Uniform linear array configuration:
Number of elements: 32
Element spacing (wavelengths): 1
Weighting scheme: blackman
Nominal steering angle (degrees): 30
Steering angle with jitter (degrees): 31.777
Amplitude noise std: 0.05
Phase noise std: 0.05

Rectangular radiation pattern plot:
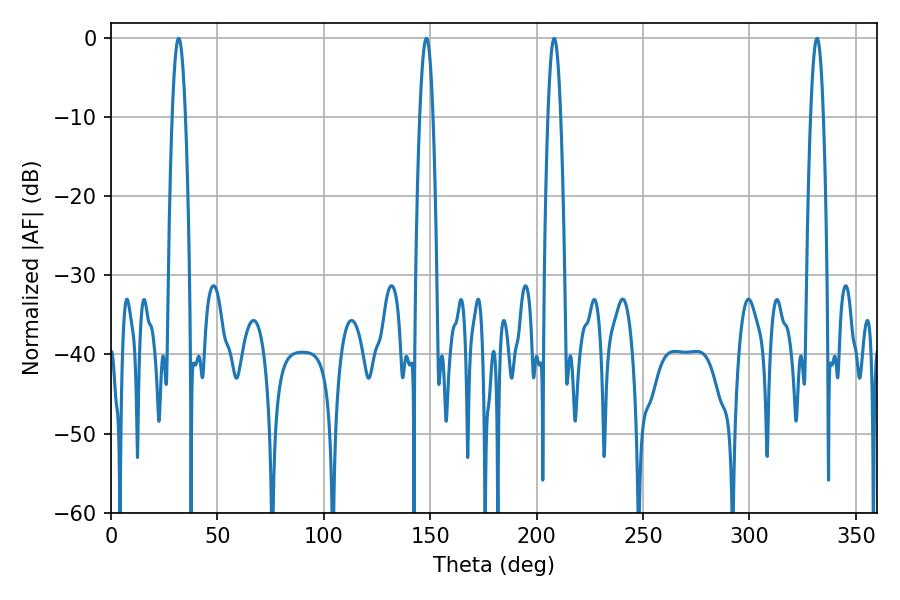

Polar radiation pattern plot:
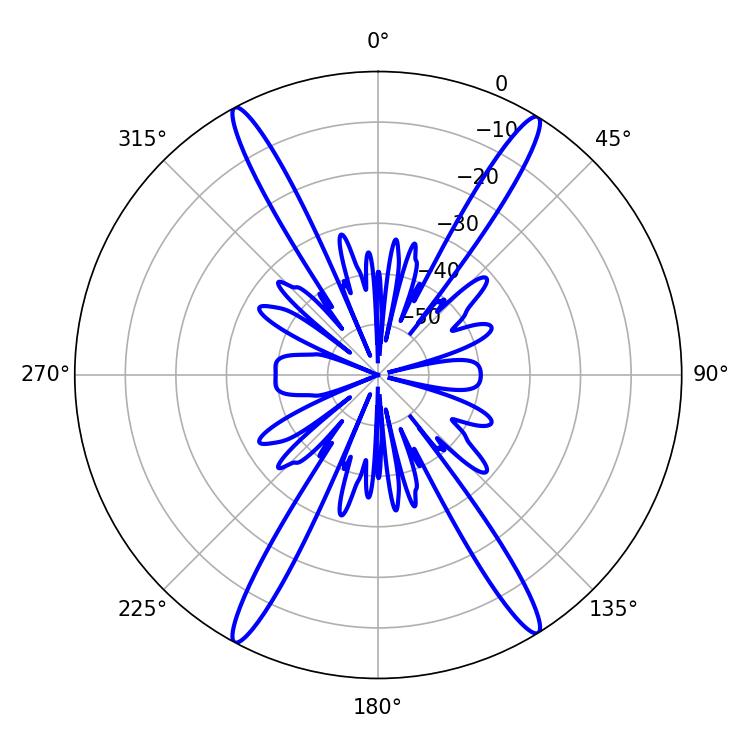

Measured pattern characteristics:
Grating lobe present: TRUE
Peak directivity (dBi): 23.409
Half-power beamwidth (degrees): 3.24
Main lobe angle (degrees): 331.74